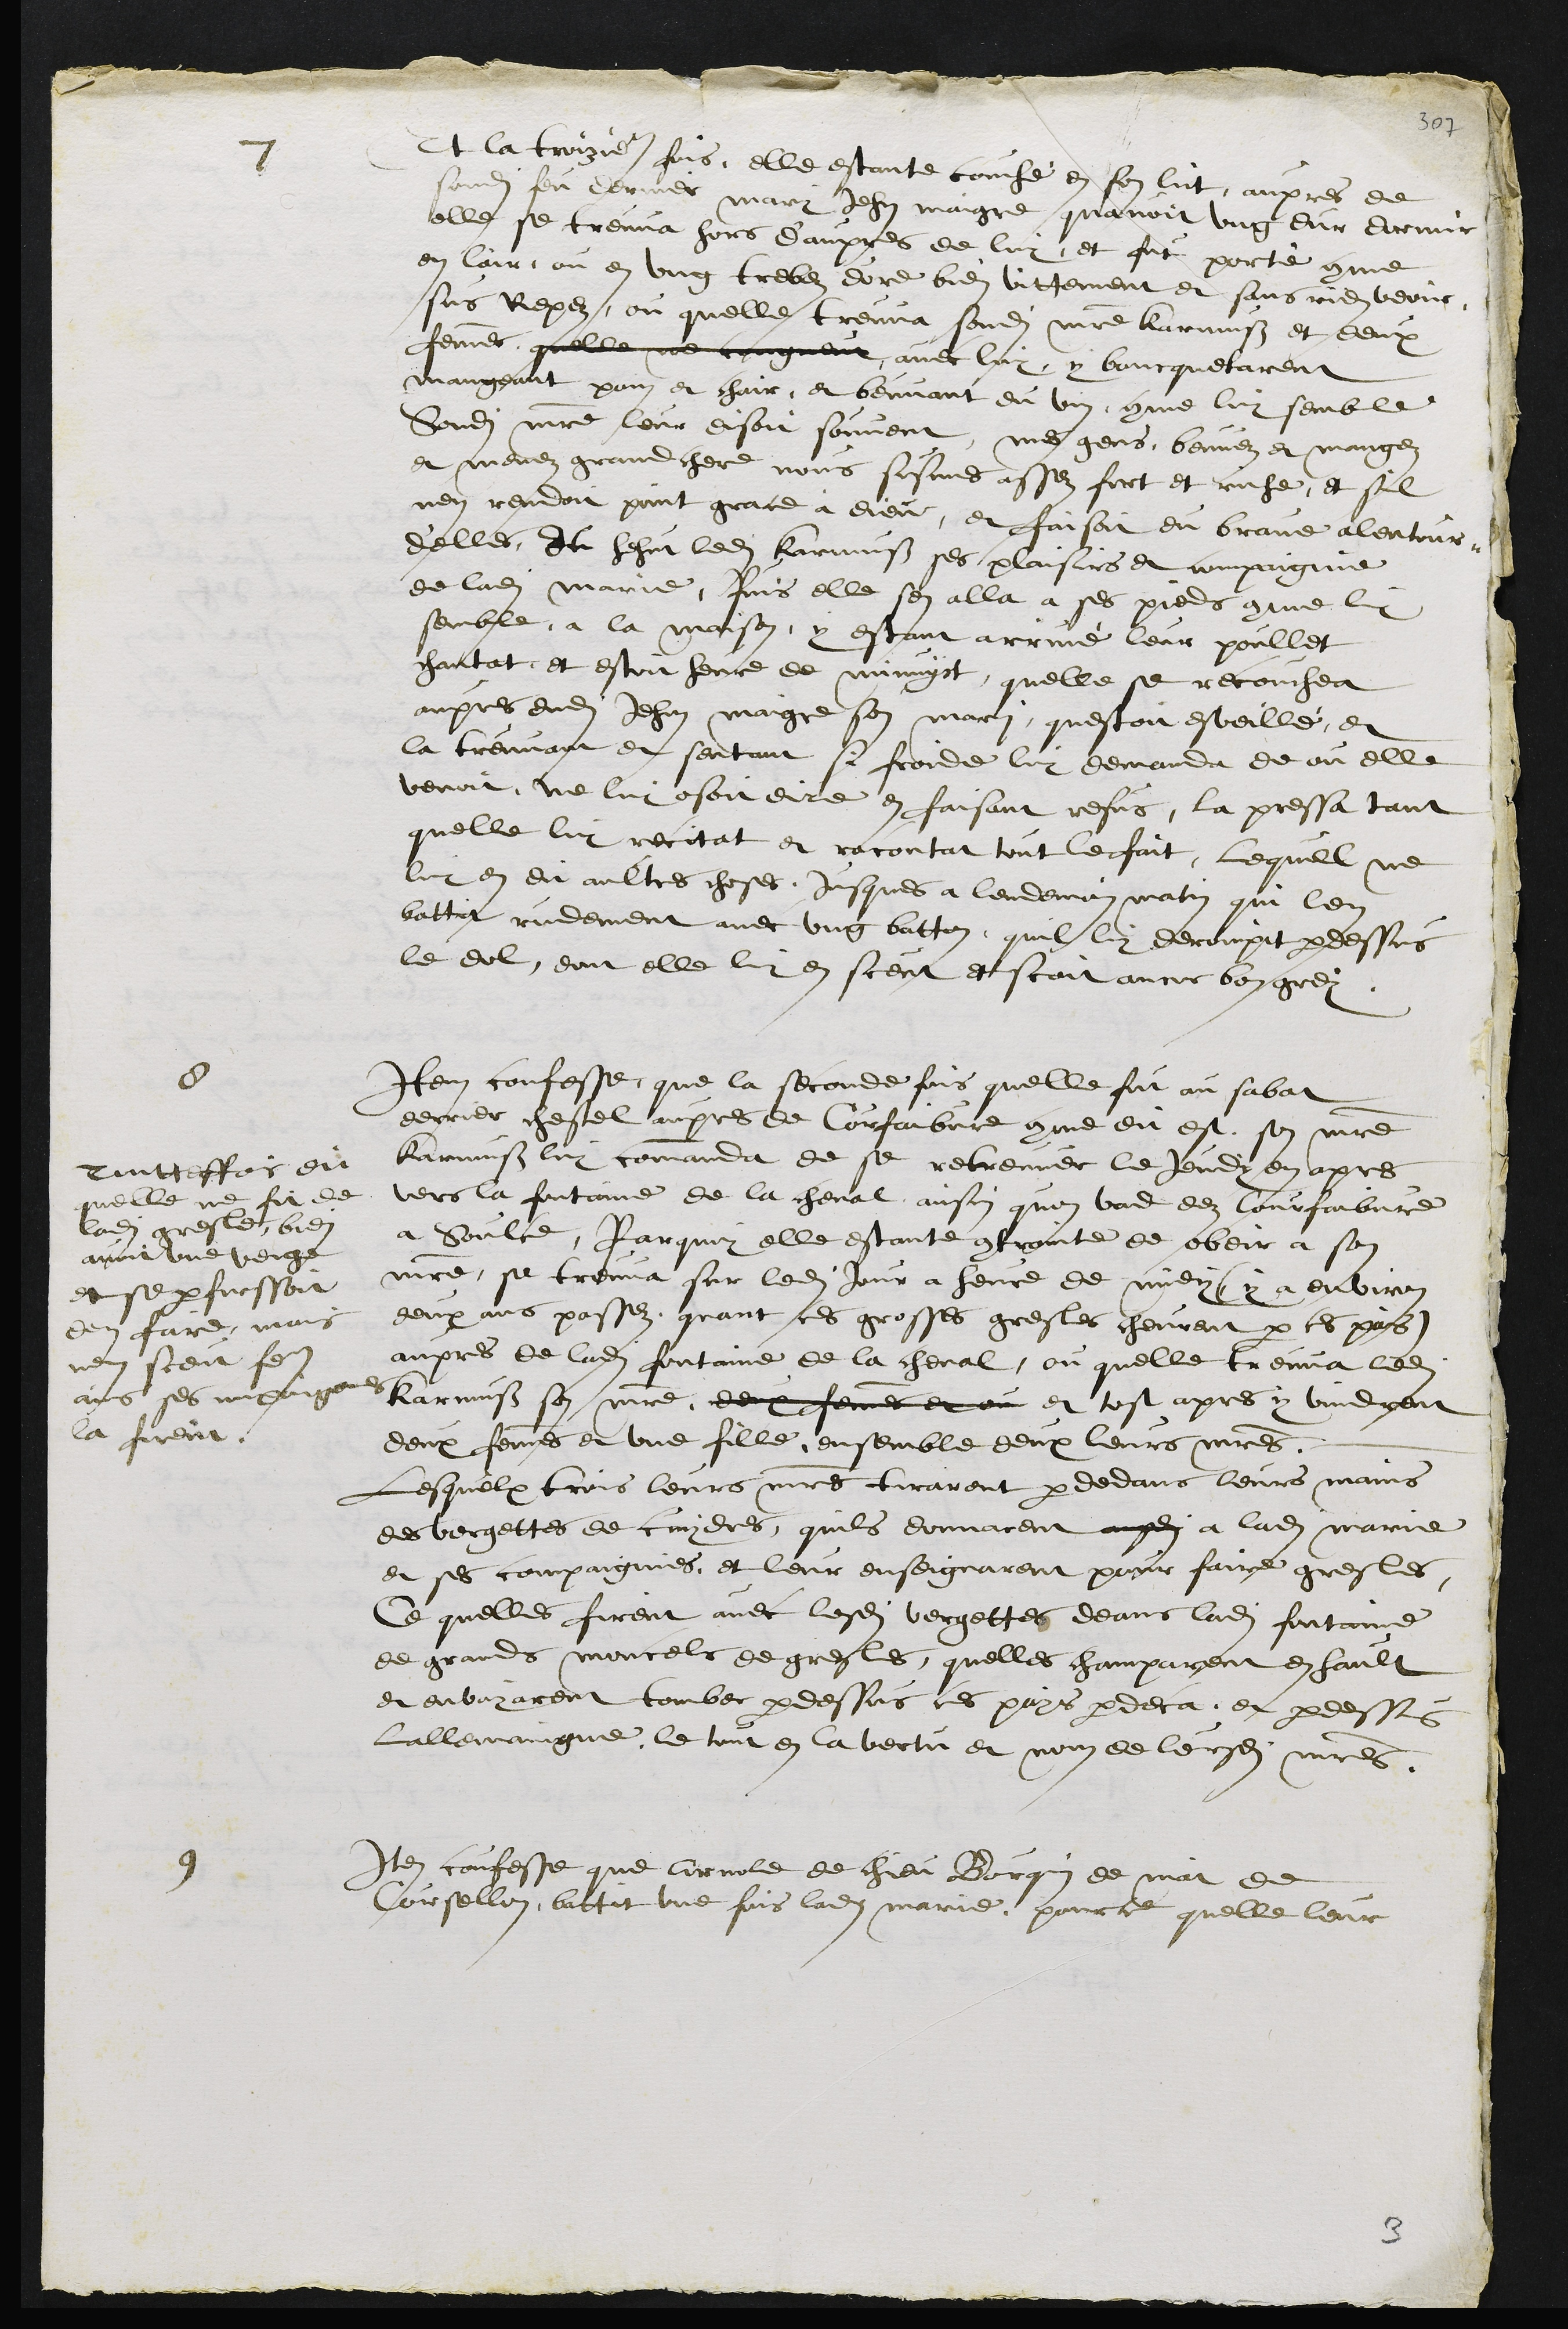
7
Et la troizieme fois, elle estante couche en son lict, aupres de
sondit feu dernier mari Jehan maigre, quavoit ung dur dormir
elle se treuva hors d'aupres de luy, et fut porté comme
en lair, ou en ung trebez d'ore bien vittement et sans rien veoir
sus Repez, ou quelle treuva sondit maitre Karmuss et deux
femmes quelle ne congneut avec luy, y bancquetarent
mangeant pain et chair, et beuvant du vin, comme luy semble
sondit maitre leur disoit souvent mes gens, beuvez et mangez
et menez grand chere nous susmes assez fort et riche, et sil
nen rendoit point grace a dieu, et faisoit du brave alentour
d'elles, Et hehut ledit karmuss ses plaisirs et compaignie
de ladite Marie, Puis elle sen alla a ses pieds comme luy
semble a la maison, y estant arrivé leur poullet
chantat et estoit heure de minuyct, quelle se recouchea
aupres dudit Jehan maigre sen mari, questoit esveillé, et
la treuvant et sentant si froide luy demanda de ou elle
venoit ne luy osoit dire en faisant refus, la pressa tant
quelle luy recitat et racontat tout le fait, lequel ne
luy en dit aultres choses, jusques a lendemain matin qui len
battit rudement avec ung batton, quil luy derompit par dessus
le dol dont elle luy en sceut et scait ancor bon grey
8
Item confesse que la seconde fois quelle fut au sabat
derrier chestel aupres de Courfaibvre comme dit est son maitre
Karmuss luy commanda de se retreuver le jeudy en apres
vers la fontaine de la cheval, ainsin quon vad dez Courfaibvre
a Soulce, Par quoy elle estante contrainte de obeir a son
maitre, se treuva sur ledit Jour a heure de midy (y a environ
deux ans passez quant ces grosses gresles cheurent par ces pais)
aupres de ladite fontaine de la cheval, ou quelle treuva ledit
Karmuss son maitre, deux femmes et ou et tost apres y vindrent
deux femmes et une fille ensemble deux leurs maitres,
Lesquelx trois leurs maitres tirarent par dedans leurs mains
des vergettes de cuydres, quils donnarent ausdit a ladite Marie
et ses compaignies, et leur enseignarent pour faire gresles,
Ce quelles firent avec lesdites vergettes deans ladite fontaine
de grands moncels de gresles, quelles champarent en hault
et envoyarent tomber par dessus ces pays pardeca, et par dessus
lallemaingne, le tout en la vertu et nom de leursdits maitres.
Toutteffois dit
quelle ne fit de
ladite gresle, bien
avoit une verge
et se parfuessoit
den faire, mais
nen sceut faire
ains ses compaigne
la firent.
9
Item confesse que Arnold de chieu Bourquin de may de
Coursellon, battit une fois ladite marie, pour ce quelle leur

3